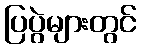
ပြပွဲများတွင်